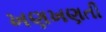
ખણખણતી